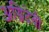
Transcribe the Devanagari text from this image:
अग्निदेवी